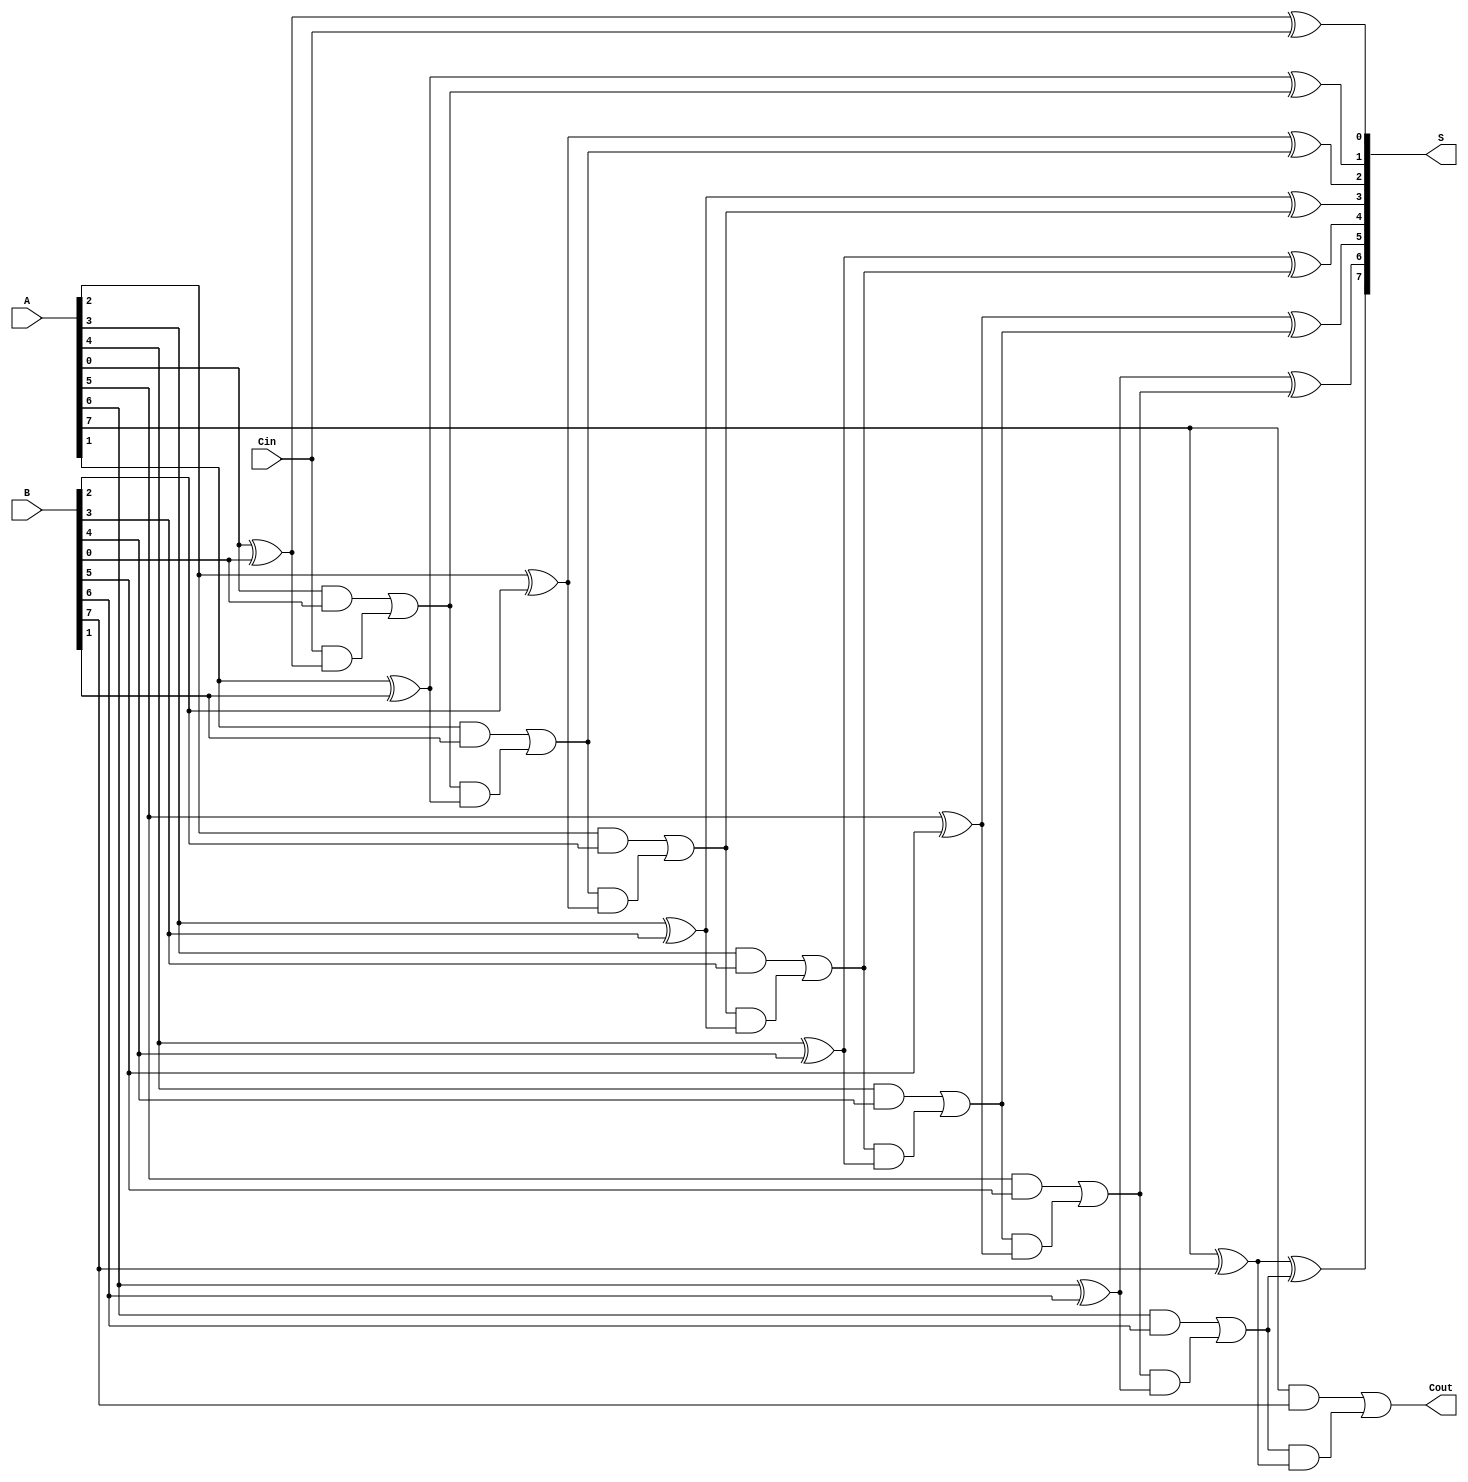
module manchester_carry_chain_adder #(parameter n = 8) (
    input  [n-1:0] A,    // First n-bit operand
    input  [n-1:0] B,    // Second n-bit operand
    input        Cin,     // Carry-in
    output [n-1:0] S,     // n-bit sum output
    output       Cout     // Carry-out signal
);
    
    wire [n:0] carry; // Carry signals (n-bit + one extra for Cout)
    
    assign carry[0] = Cin; // Initialize the first carry with Cin
    
    // Generate sum and carry for each bit position
    genvar i;
    generate
        for (i = 0; i < n; i = i + 1) begin : adder_bit
            assign S[i] = A[i] ^ B[i] ^ carry[i]; // Sum calculation
            assign carry[i+1] = (A[i] & B[i]) | (carry[i] & (A[i] ^ B[i])); // Carry calculation
        end
    endgenerate
    
    assign Cout = carry[n]; // Final carry-out

endmodule